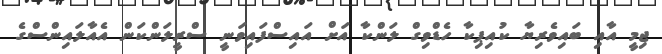
ޖިމީ އާއި ބައިވެރިޔާ ކުއިޕިކާ ހެޑްވިގް ލަންކާ އަށް އައިސްފައިވަނީ ސްރީލަންކަން އެއާލައިންސްގެ